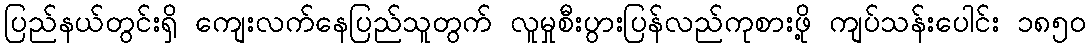
ပြည်နယ်တွင်းရှိ ကျေးလက်နေပြည်သူတွက် လူမှုစီးပွားပြန်လည်ကုစားဖို့ ကျပ်သန်းပေါင်း ၁၈၅၀